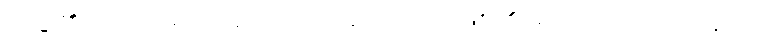
သဒ္ဒါ၏၊ မယံ- မယံ အပြုသည်၊ ဟောတိ- ဖြစ်၏။ မယံ ဟူသည်တည်း။